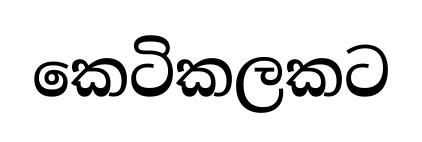
කෙටිකලකට